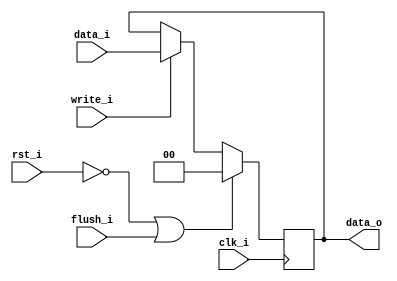
`timescale 1ns / 1ps
//  0516205  0516228
//Subject:     CO project 4 - Pipe Register
//--------------------------------------------------------------------------------
//Version:     1
//--------------------------------------------------------------------------------
//Writer:      
//----------------------------------------------
//Date:        
//----------------------------------------------
//Description: 
//--------------------------------------------------------------------------------
module Pipe_Reg(
    clk_i,
    rst_i,
    write_i,
    flush_i,
    data_i,
    data_o
    );
					
parameter size = 0;

input   clk_i;		  
input   rst_i;
input   write_i;
input   flush_i;
input   [size-1:0] data_i;
output reg  [size-1:0] data_o;
	  
always@(posedge clk_i) begin
    if(~rst_i || flush_i)
        data_o <= 0;
    else if(write_i)
        data_o <= data_i;
    else
        data_o <= data_o;
end

endmodule